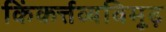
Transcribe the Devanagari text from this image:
किंकर्त्तव्यविमूढ़